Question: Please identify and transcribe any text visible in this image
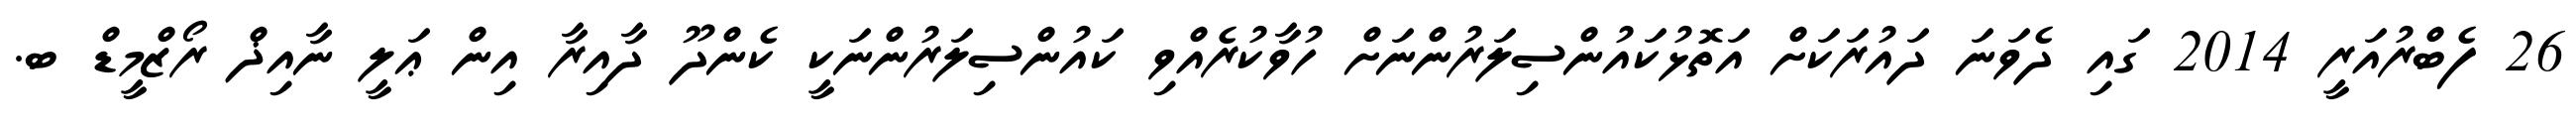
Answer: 26 ފެބްރުއަރީ 2014 ގައި ދެވަނަ ދައުރަކަށް އަތޮޅުކައުންސިލަރުންނަށް ހުވާކުރެއްވި ކައުންސިލަރުންނަކީ ކެންދޫ ދާއިރާ އިން ޢަލީ ނާއިޛް ރޯޒްމީޑް ބ.